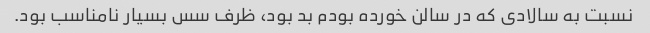
نسبت به سالادی که در سالن خورده بودم بد بود، ظرف سس بسیار نامناسب بود.